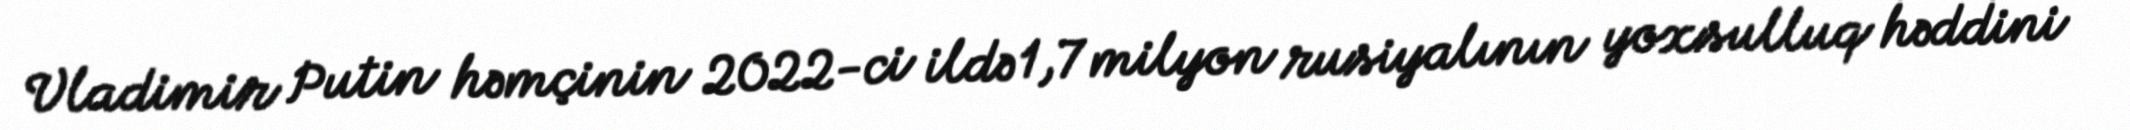
Vladimir Putin həmçinin 2022-ci ildə 1,7 milyon rusiyalının yoxsulluq həddini